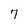
Character: 7